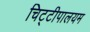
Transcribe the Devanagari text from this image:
चिट्टीपालयम